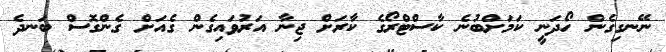
ނޭނގިގެން ހޯދަނީ ކަމަށްބުނެ ކާސްޓްރޯގެ ކާރަށް ޖިނާ އަރުވައިގެން ގެއަށް ގެންގޮސް ބަނދެ